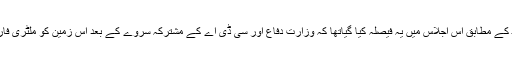
جی ایچ کیو کے اپنے خطوط کے مطابق اس اجلاس میں یہ فیصلہ کیا گیاتھا کہ وزارت دفاع اور سی ڈی اے کے مشترکہ سروے کے بعد اس زمین کو ملٹری فارمز کو واپس کردیا جائے گا۔